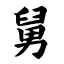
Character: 舅